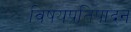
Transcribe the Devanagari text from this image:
विषयप्रतिपादन